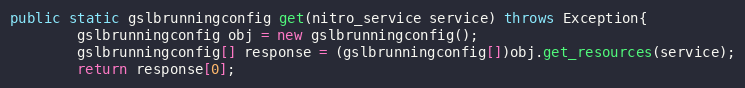
Language: Java
public static gslbrunningconfig get(nitro_service service) throws Exception{
		gslbrunningconfig obj = new gslbrunningconfig();
		gslbrunningconfig[] response = (gslbrunningconfig[])obj.get_resources(service);
		return response[0];